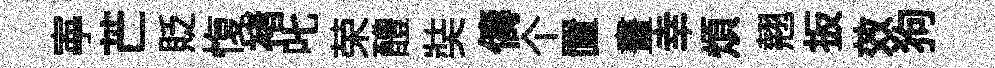
寕芒貶愎褚叱荣醴奘儔个置畫幸煩翹扳效狗